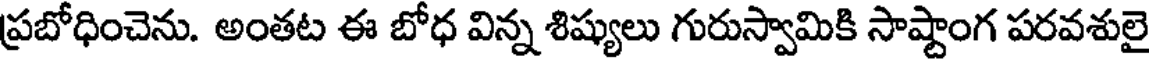
ప్రబోధించెను. అంతట ఈ బోధ విన్న శిష్యులు గురుస్వామికి సాష్టాంగ పరవశులై